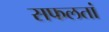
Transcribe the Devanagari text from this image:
सफलतां